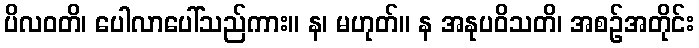
ပိလဝတိ၊ ပေါလာပေါ်သည်ကား။ န၊ မဟုတ်။ န အနုပဝိသတိ၊ အစဉ်အတိုင်း